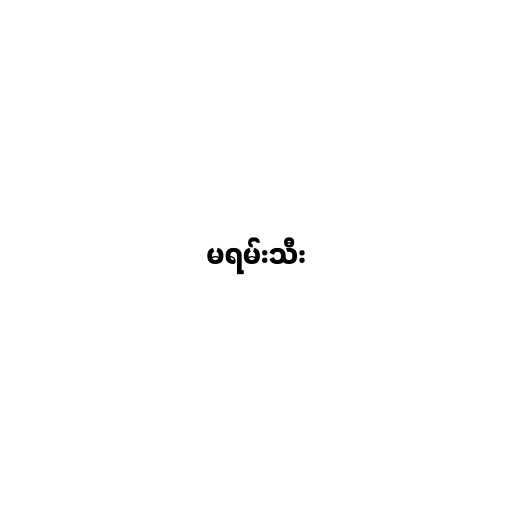
မရမ်းသီး